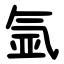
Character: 氩